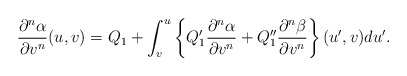
\begin{align*} \frac{\partial^n\alpha}{\partial v^n}(u,v)=Q_1+\int_v^u\left\{Q_1'\frac{\partial^n\alpha}{\partial v^n}+Q_1''\frac{\partial^n\beta}{\partial v^n}\right\}(u',v)du'.\end{align*}